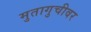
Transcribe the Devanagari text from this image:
मुतागुचीवर